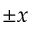
\pm x